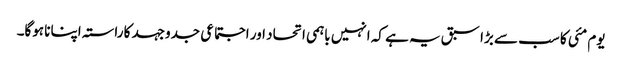
یوم مئی کا سب سے بڑا سبق یہ ہے کہ انہیں باہمی اتحاد اور اجتماعی جدوجہد کا راستہ اپنانا ہوگا۔